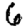
Digit: 6